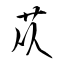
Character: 苁